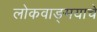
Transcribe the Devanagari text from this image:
लोकवाङ्‌मयाचे